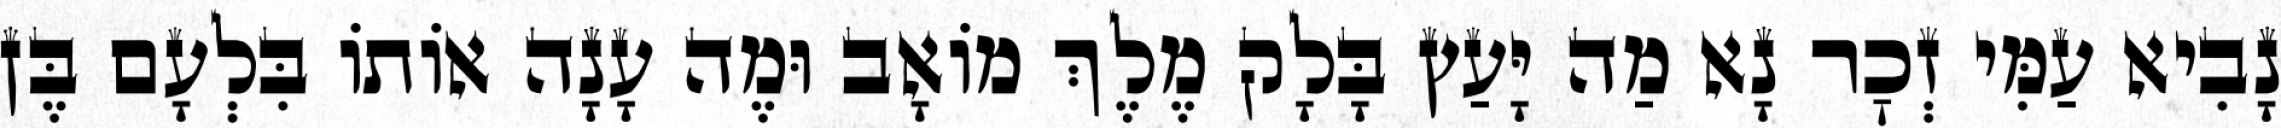
נָבִיא עַמִּי זְכׇר נָא מַה יָּעַץ בָּלָק מֶלֶךְ מוֹאָב וּמֶה עָנָה אוֹתוֹ בִּלְעָם בֶּן